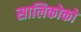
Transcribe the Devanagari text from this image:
सालिकोको